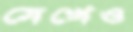
মেখেও